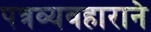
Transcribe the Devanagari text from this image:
पत्रव्यवहाराने